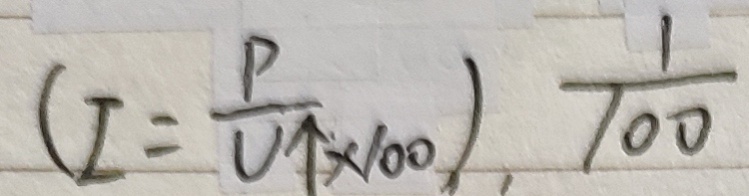
( I = \frac { P } { U \uparrow } _ { \times 1 0 0 } ) , \frac { 1 } { 1 0 0 }